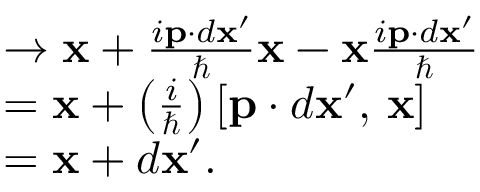
\begin{array} { r l } & { \to \mathbf x + \frac { i \mathbf p \cdot d \mathbf { x } ^ { \prime } } { \hbar } \mathbf x - \mathbf x \frac { i \mathbf p \cdot d \mathbf { x } ^ { \prime } } { \hbar } } \\ & { = \mathbf x + \left( \frac { i } { \hbar } \right) \left[ \mathbf p \cdot d \mathbf x ^ { \prime } , \, \mathbf x \right] } \\ & { = \mathbf x + d \mathbf x ^ { \prime } . } \end{array}